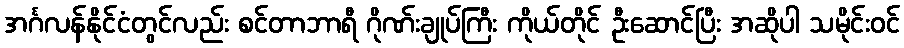
အင်္ဂလန်နိုင်ငံတွင်လည်း စင်တာဘာရီ ဂိုဏ်းချုပ်ကြီး ကိုယ်တိုင် ဦးဆောင်ပြီး အဆိုပါ သမိုင်းဝင်